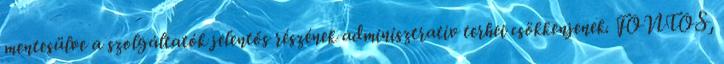
mentesülve a szolgáltatók jelentős részének adminisztratív terhei csökkenjenek. FONTOS,